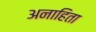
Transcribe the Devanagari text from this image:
अनाहिता